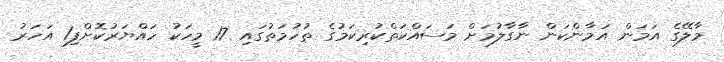
މާލޭގެ އަމަން އަމާންކަން ނާގާލުމަށް މަސައްކަތްކުރިކަމުގެ ތުހުމަތުގައި 17 މީހަކު ހައްޔަރުކޮށްފި1 އަހަރު